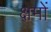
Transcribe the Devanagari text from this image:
क्षमों